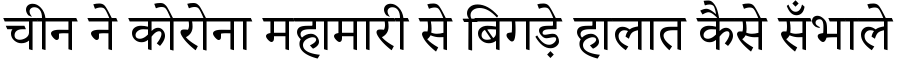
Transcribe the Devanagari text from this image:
चीन ने कोरोना महामारी से बिगड़े हालात कैसे सँभाले